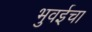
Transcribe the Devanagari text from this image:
भुवईचा